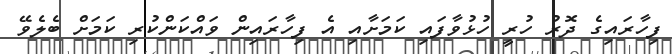
ފިހާރައިގެ ދޮރު ހުރީ ހުޅުވާފައި ކަމަށާއި އެ ފިހާރައިން ވައްކަންކުރި ކަމަށް ބެލެވޭ